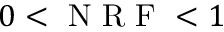
0 < \mathrm { ~ N ~ R ~ F ~ } < 1